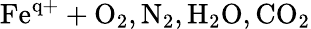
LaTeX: \mathrm{Fe^{q+}+O_{2},N_{2},H_{2}O,CO_{2}}